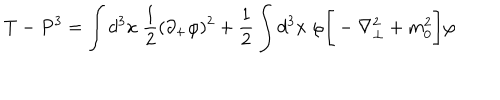
T - P ^ { 3 } = \int d ^ { 3 } x \; { \frac { 1 } { 2 } } ( \partial _ { + } \varphi ) ^ { 2 } + { \frac { 1 } { 2 } } \int d ^ { 3 } x \; \varphi \Bigg [ - \nabla _ { \perp } ^ { 2 } + m _ { 0 } ^ { 2 } \Bigg ] \varphi